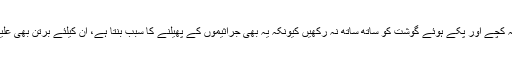
ایک اور اہم بات یہ ہے کہ کچے اور پکے ہوئے گوشت کو ساتھ ساتھ نہ رکھیں کیونکہ یہ بھی جراثیموں کے پھیلنے کا سبب بنتا ہے، ان کیلئے برتن بھی علیحدہ علیحدہ استعمال کریں۔